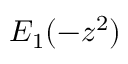
E _ { 1 } ( - z ^ { 2 } )